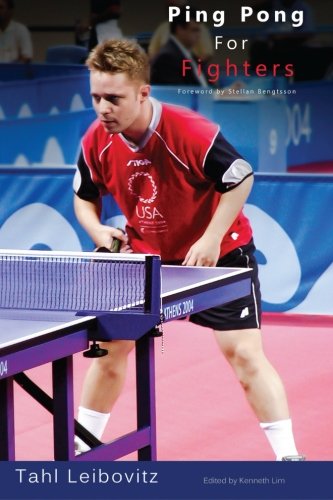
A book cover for Ping Pong for Fighters; Tahl A Leibovitz; Sports & Outdoors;